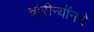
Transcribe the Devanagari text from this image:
व्हेरीन्यॉनचे